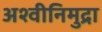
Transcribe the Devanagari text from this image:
अश्वीनिमुद्रा